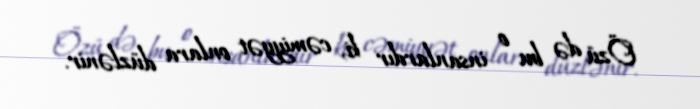
Özü də bu o insanlardır ki, cəmiyyət onlara düzlənir.